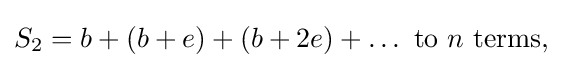
S_{2}=b+(b+e)+(b+2e)+\ldots {\text{ to }}n{\text{ terms,}}